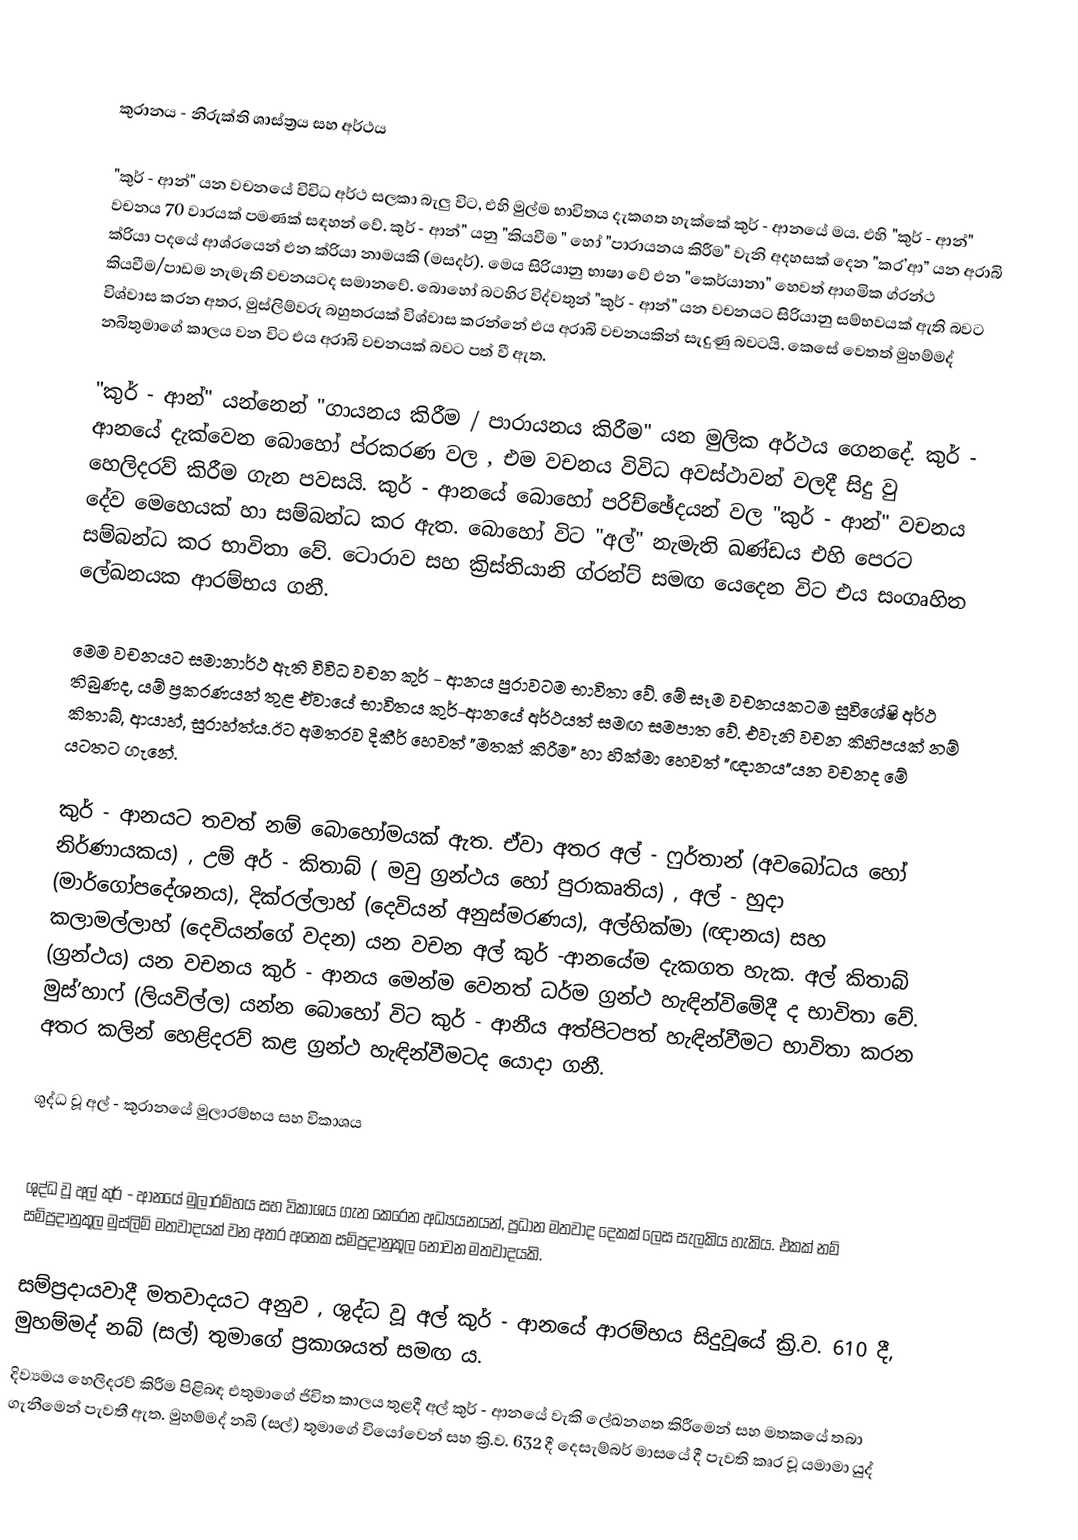

කුරානය - නිරුක්ති ශාස්ත්‍රය සහ අර්ථය

"කුර් - ආන්" යන වචනයේ විවිධ අර්ථ සලකා බැලු විට, එහි මුල්ම භාවිතය දැකගත හැක්කේ කුර් - ආනයේ මය. එහි "කුර් - ආන්" වචනය 70 වාරයක් පමණක් සඳහන් වේ. කුර් - ආන්" යනු "කියවීම " හෝ "පාරායනය කිරීම" වැනි අදහසක් දෙන "කර’ආ” යන අරාබි ක්රියා පදයේ ආශ්රයෙන් එන ක්රියා නාමයකි (මසදර්). මෙය සිරියානු භාෂා වේ එන "කෙර්යානා" හෙවත් ආගමික ග්රන්ථ කියවීම/පාඩම නැමැති වචනයටද සමානවේ. බොහෝ බටහිර විද්වතුන් "කුර් - ආන්" යන වචනයට සිරියානු සම්භවයක් ඇති බවට විශ්වාස කරන අතර, මුස්ලිම්වරු බහුතරයක් විශ්වාස කරන්නේ එය අරාබි වචනයකින් සැදුණු බවටයි. කෙසේ වෙතත් මුහම්මද් නබිතුමාගේ කාලය වන විට එය අරාබි වචනයක් බවට පත් වී ඇත.

"කුර් - ආන්"  යන්නෙන් "ගායනය කිරීම / පාරායනය කිරීම" යන  මුලික අර්ථය ගෙනදේ. කුර් - ආනයේ දැක්වෙන බොහෝ ප්රකරණ වල , එම වචනය විවිධ අවස්ථාවන් වලදී සිදු වු හෙලිදරව් කිරීම ගැන පවසයි. කුර් - ආනයේ බොහෝ පරිච්ඡේදයන් වල "කුර් - ආන්" වචනය දේව මෙහෙයක් හා සම්බන්ධ කර ඇත. බොහෝ විට "අල්" නැමැති ඛණ්ඩය එහි පෙරට සම්බන්ධ කර භාවිතා වේ. ටොරාව සහ ක්‍රිස්තියානි ග්රන්ට් සමඟ යෙදෙන විට එය සංගෘහිත ලේඛනයක ආරම්භය ගනී.

මෙම වචනයට සමානාර්ථ ඇති විවිධ වචන කුර් - ආනය පුරාවටම භාවිතා වේ. මේ සෑම වචනයකටම සුවිශේෂි අර්ථ තිබුණද, යම්  ප්‍රකරණයන් තුළ ඒවායේ භාවිතය කුර්-ආනයේ අර්ථයත් සමඟ සමපාත වේ. එවැනි වචන කිහිපයක් නම් කිතාබ්, ආයාහ්, සුරාහ්ත්ය.ඊට අමතරව  දිකීර් හෙවත් "මතක් කිරීම" හා හික්මා හෙවත් "ඥානය"යන වචනද මේ යටතට  ගැනේ.

කුර් - ආනයට තවත් නම් බොහෝමයක් ඇත. ඒවා අතර අල් - ෆුර්තාන් (අවබෝධය හෝ නිර්ණායකය) , උම් අර් - කිතාබ් ( මවු ග්‍රන්ථය හෝ පුරාකෘතිය) , අල් - හුදා (මාර්ගෝපදේශනය), දික්රල්ලාහ් (දෙවියන් අනුස්මරණය), අල්හික්මා (ඥානය) සහ කලාමල්ලාහ් (දෙවියන්ගේ වදන) යන වචන අල් කුර් -ආනයේම දැකගත හැක. අල් කිතාබ් (ග්‍රන්ථය) යන වචනය කුර් - ආනය මෙන්ම වෙනත් ධර්ම ග්‍රන්ථ හැඳින්විමේදී ද භාවිතා වේ. මුස්’හාෆ් (ලියවිල්ල) යන්න බොහෝ විට කුර් - ආනීය අත්පිටපත් හැඳින්වීමට භාවිතා කරන අතර කලින් හෙළිදරව් කළ ග්‍රන්ථ හැඳින්වීමටද යොදා ගනී.

ශුද්ධ වූ අල් - කුරානයේ මුලාරම්භය සහ විකාශය

ශුද්ධ වූ අල් කුර් - ආනයේ මුලාරම්භය සහ විකාශය ගැන කෙරෙන අධ්‍යයනයන්, ප්‍රධාන මතවාද දෙකක් ලෙස සැලකිය හැකිය. එකක් නම් සම්ප්‍රදානුකූල මුස්ලිම් මතවාදයක් වන අතර අනෙක සම්ප්‍රදානුකූල නොවන මතවාදයකි.

සම්ප්‍රදායවාදී මතවාදයට අනුව , ශුද්ධ වූ අල් කුර් - ආනයේ ආරම්භය සිදුවූයේ ක්‍රි.ව. 610 දී, මුහම්මද් නබ් (සල්) තුමාගේ ප්‍රකාශයත් සමඟ ය.
දිව්‍යමය හෙලිදරව් කිරීම  පිළිබඳ එතුමාගේ ජිවිත කාලය තුළදී අල් කුර් - ආනයේ වැකි ලේඛනගත කිරීමෙන් සහ මතකයේ තබා ගැනීමෙන් පැවතී ඇත. මුහම්මද් නබි (සල්) තුමාගේ වියෝවෙන් සහ ක්‍රි.ව.  632 දී දෙසැම්බර් මාසයේ දී පැවති කෘර වූ යමාමා යුද්